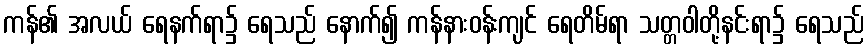
ကန်၏ အလယ် ရေနက်ရာ၌ ရေသည် နောက်၍ ကန်နားဝန်းကျင် ရေတိမ်ရာ သတ္တဝါတို့နင်းရာ၌ ရေသည်